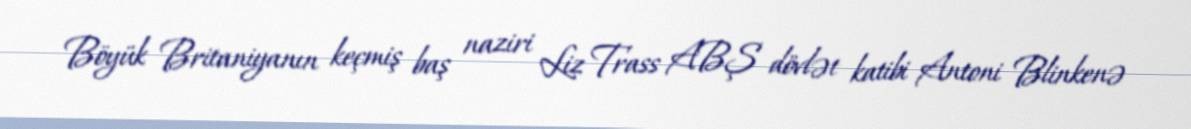
Böyük Britaniyanın keçmiş baş naziri Liz Trass ABŞ dövlət katibi Antoni Blinkenə